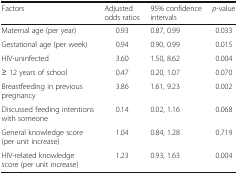
<table><thead><tr><td><b>Factors</b></td><td><b>Adjusted odds ratios</b></td><td><b>95% confidence intervals</b></td><td><b><i>p</i>-value</b></td></tr></thead><tbody><tr><td>Maternal age (per year)</td><td>0.93</td><td>0.87, 0.99</td><td>0.033</td></tr><tr><td>Gestational age (per week)</td><td>0.94</td><td>0.90, 0.99</td><td>0.015</td></tr><tr><td>HIV-uninfected</td><td>3.60</td><td>1.50, 8.62</td><td>0.004</td></tr><tr><td>≥ 12 years of school</td><td>0.47</td><td>0.20, 1.07</td><td>0.070</td></tr><tr><td>Breastfeeding in previous pregnancy</td><td>3.86</td><td>1.61, 9.23</td><td>0.002</td></tr><tr><td>Discussed feeding intentions with someone</td><td>0.14</td><td>0.02, 1.16</td><td>0.068</td></tr><tr><td>General knowledge score (per unit increase)</td><td>1.04</td><td>0.84, 1.28</td><td>0.719</td></tr><tr><td>HIV-related knowledge score (per unit increase)</td><td>1.23</td><td>0.93, 1.63</td><td>0.004</td></tr></tbody></table>